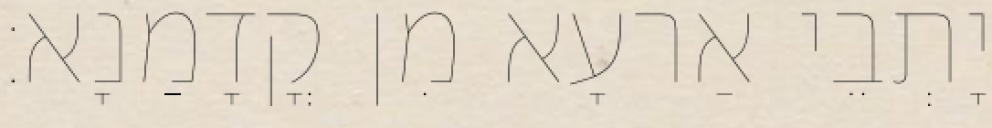
יָתְבֵי אַרעָא מִן קֳדָמַנָא׃